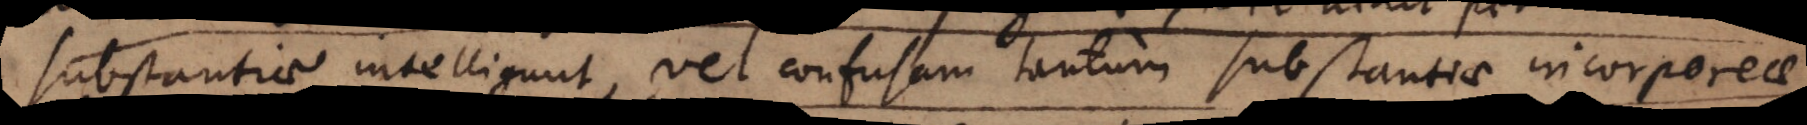
substantiae intelligunt, vel confusam tantum substantiae incorporeae